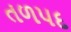
તળપદ